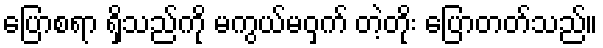
ပြောစရာ ရှိသည်ကို မကွယ်မဝှက် တဲ့တိုး ပြောတတ်သည်။